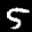
Label: 5